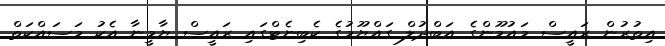
އިތުރުން ރައީސް މައުމޫންގެ އަބްދުލް ގައްޔޫމުގެ ކެބިނެޓްގައި ރައީސް ޔާމީނާ އެކު މަސައްކަތް